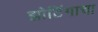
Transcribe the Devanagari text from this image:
झोटिंगाचा